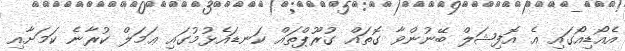
އެއޯޑިއޯގައި އެ އޮފިޝަލް ބޭނުންވާ ގޮތައް ގުރޫޕްތައް ކަނޑައެޅުމުގައި ޢަމަލް ކުރާނެ ކަމަށާއި